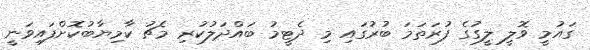
ގައުމީ ވޮލީ ލީގުގެ ފުރަތަމަ ބުރުގައި މި ދެޓީމު ބައްދަލުކުރި މެޗު ކާމިޔާބުކޮށްފައިވަނީ